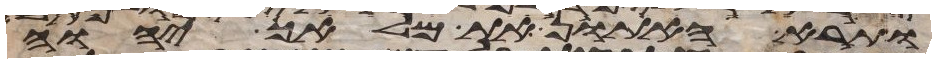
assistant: ותרא האתון את מלאך יהוה